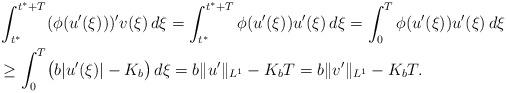
LaTeX: \begin{align*}&\int_{t^{*}}^{t^{*}+T} (\phi(u'(\xi)))' v(\xi) \,d\xi =\int_{t^{*}}^{t^{*}+T} \phi(u'(\xi)) u'(\xi) \,d\xi = \int_{0}^{T} \phi(u'(\xi)) u'(\xi) \,d\xi \\&\geq \int_{0}^{T} \bigl{(}b|u'(\xi)|-K_{b}\bigr{)} \,d\xi= b\|u'\|_{L^{1}}-K_{b}T= b\|v'\|_{L^{1}}-K_{b}T.\end{align*}